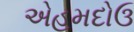
એહમદોઉ